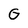
Character: G